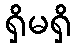
ရှိမရှိ